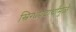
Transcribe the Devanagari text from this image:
स्निग्धपदार्थांमुळे